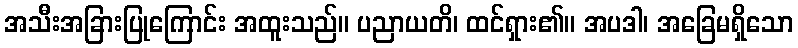
အသီးအခြားပြုကြောင်း အထူးသည်။ ပညာယတိ၊ ထင်ရှား၏။ အပဒါ၊ အခြေမရှိသော